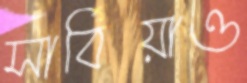
সার্বিয়াও